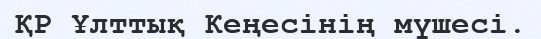
ҚР Ұлттық Кеңесінің мүшесі.